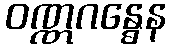
ဝဏ္ဏဂန္ဓေန